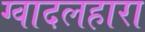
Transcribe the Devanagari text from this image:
ग्वादलहारा